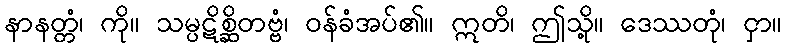
နာနတ္တံ၊ ကို။ သမ္ပဋိစ္ဆိတဗ္ဗံ၊ ဝန်ခံအပ်၏။ ဣတိ၊ ဤသို့။ ဒေဿတုံ၊ ငှာ။